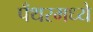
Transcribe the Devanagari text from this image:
पँथरमध्ये